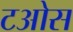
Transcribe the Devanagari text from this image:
टओस